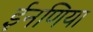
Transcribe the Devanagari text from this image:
ईनणिया